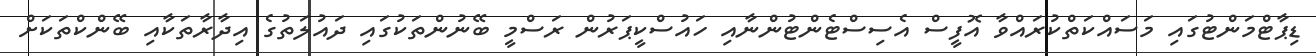
ޑިޕާޓްމަންޓުގައި މަސައްކަތްކުރައްވާ އޮފީސް އެސިސްޓެންޓުންނާއި ހައުސްކީޕަރުން ރަސްމީ ބޭނުންތަކުގައި ދައުލަތުގެ އިދާރާތަކާއި ބޭންކްތަކަށް